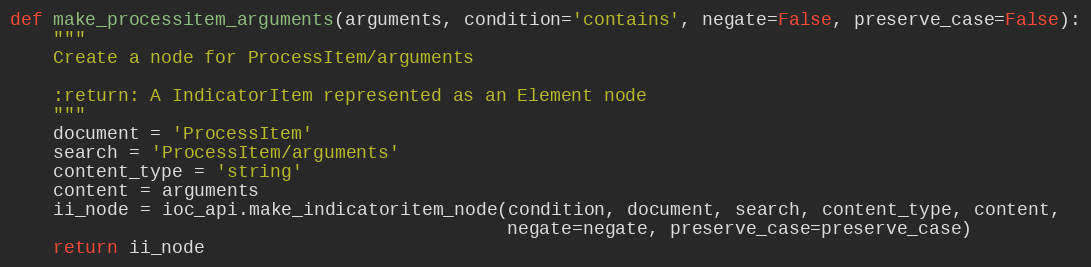
Language: Python
def make_processitem_arguments(arguments, condition='contains', negate=False, preserve_case=False):
    """
    Create a node for ProcessItem/arguments

    :return: A IndicatorItem represented as an Element node
    """
    document = 'ProcessItem'
    search = 'ProcessItem/arguments'
    content_type = 'string'
    content = arguments
    ii_node = ioc_api.make_indicatoritem_node(condition, document, search, content_type, content,
                                              negate=negate, preserve_case=preserve_case)
    return ii_node